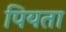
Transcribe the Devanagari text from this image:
पियता